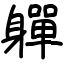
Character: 軃